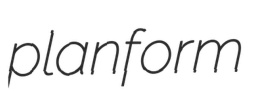
planform